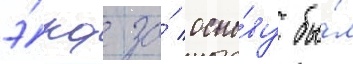
э́рд за́ осно́ву бы́л